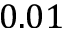
0 . 0 1